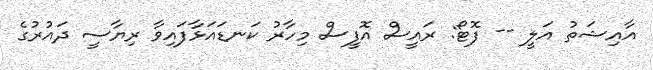
އާއިޝަތު އަލީ -- ފޮޓޯ: ރައީސް އޮފީސް މިހާރު ކަނޑައަޅާފައިވާ ރިޔާސީ ދައުރުގެ